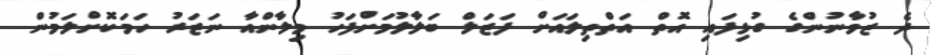
ދެ ޒުވާނުންގެ ގުޅިފައި އޮތް އަތްތިލައަށް ފަޒަލް ބަލާލުމަށްފަހު މިލާންއާ ނަޒަރު ހަމަކޮށްލަމުން